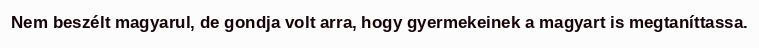
Nem beszélt magyarul, de gondja volt arra, hogy gyermekeinek a magyart is megtaníttassa.